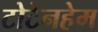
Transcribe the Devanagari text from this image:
टोटेनहेम